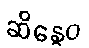
ဆိန္ဒေဝ